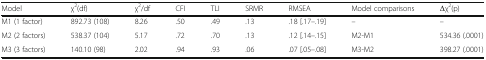
| Model | χ2(df) | χ2/df | CFI | TLI | SRMR | RMSEA | Model comparisons | Δχ2(p) |
 | --- | --- | --- | --- | --- | --- | --- | --- | --- |
 | M1 (1 factor) | 892.73 (108) | 8.26 | .50 | .49 | .13 | .18 [.17–.19] | – | – |
 | M2 (2 factors) | 538.37 (104) | 5.17 | .72 | .70 | .13 | .12 [.14–.15] | M2-M1 | 534.36 (.0001) |
 | M3 (3 factors) | 140.10 (98) | 2.02 | .94 | .93 | .06 | .07 [.05–.08] | M3-M2 | 398.27 (.0001) |